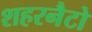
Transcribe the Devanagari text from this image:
शहरनैटो